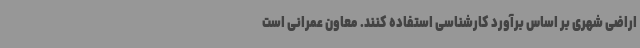
اراضی شهری بر اساس برآورد کارشناسی استفاده کنند. معاون عمرانی است